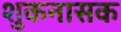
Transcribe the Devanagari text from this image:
शुकनासक